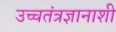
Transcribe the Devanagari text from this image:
उच्चतंत्रज्ञानाशी